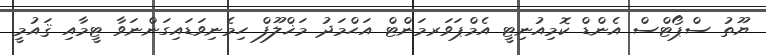
ޔޫތު ސްޕޯޓްސް އެންޑް ކޮމިއުނިޓީ އެމްޕަވަރމަންޓް އަޙްމަދު މަޚްލޫފް ހިމެނިވަޑައިގަންނަވާ ޓީމާއި ޤައުމީ